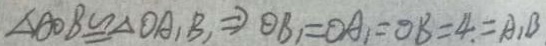
\Delta A O B \cong \Delta O A _ { 1 } B _ { 1 } \Rightarrow O B _ { 1 } = O A _ { 1 } = O B = 4 . = A _ { 1 } B